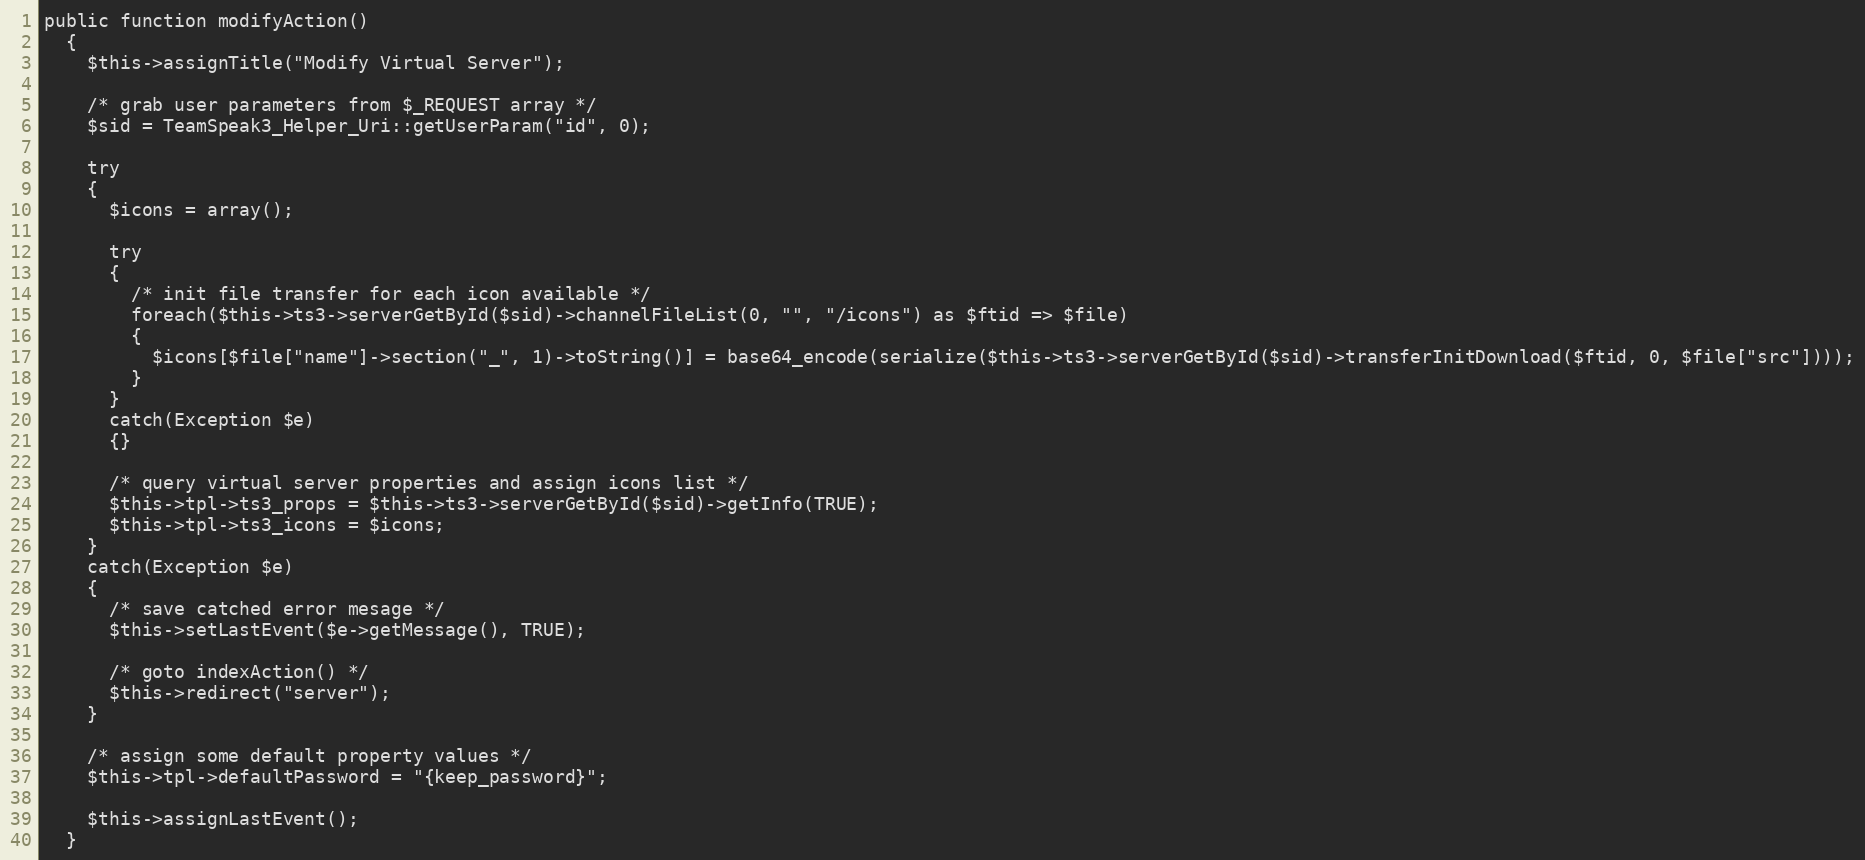
Language: PHP
public function modifyAction()
  {
    $this->assignTitle("Modify Virtual Server");

    /* grab user parameters from $_REQUEST array */
    $sid = TeamSpeak3_Helper_Uri::getUserParam("id", 0);

    try
    {
      $icons = array();

      try
      {
        /* init file transfer for each icon available */
        foreach($this->ts3->serverGetById($sid)->channelFileList(0, "", "/icons") as $ftid => $file)
        {
          $icons[$file["name"]->section("_", 1)->toString()] = base64_encode(serialize($this->ts3->serverGetById($sid)->transferInitDownload($ftid, 0, $file["src"])));
        }
      }
      catch(Exception $e)
      {}

      /* query virtual server properties and assign icons list */
      $this->tpl->ts3_props = $this->ts3->serverGetById($sid)->getInfo(TRUE);
      $this->tpl->ts3_icons = $icons;
    }
    catch(Exception $e)
    {
      /* save catched error mesage */
      $this->setLastEvent($e->getMessage(), TRUE);

      /* goto indexAction() */
      $this->redirect("server");
    }

    /* assign some default property values */
    $this->tpl->defaultPassword = "{keep_password}";

    $this->assignLastEvent();
  }